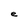
Character: e